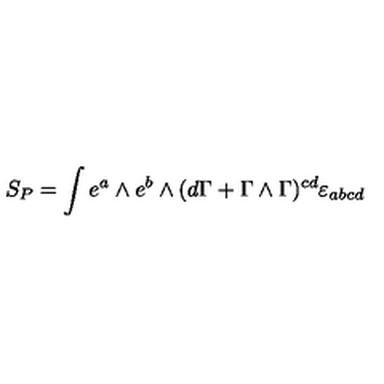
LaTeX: S _ { P } = \int e ^ { a } \wedge e ^ { b } \wedge ( d \Gamma + \Gamma \wedge \Gamma ) ^ { c d } \varepsilon _ { a b c d } \label 3